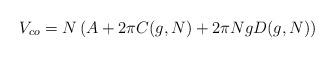
LaTeX: \begin{align*}V_{co}=N\left( A+2\pi C(g,N)+2\pi NgD(g,N)\right)\end{align*}